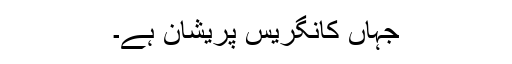
جہاں کانگریس پریشان ہے۔